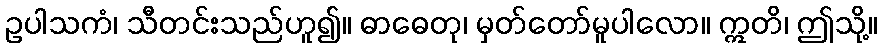
ဥပါသကံ၊ သီတင်းသည်ဟူ၍။ ဓာဓေတု၊ မှတ်တော်မူပါလော။ ဣတိ၊ ဤသို့။